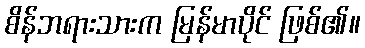
စိန်ဘရားသားက မြန်မာပိုင် ဖြစ်၏။